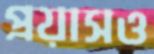
প্রয়াসও